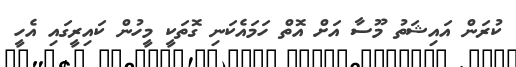
ކުރަން އައިޝަތު މޫސާ އަށް އޮތް ހަމައެކަނި ގޮތަކީ މީހުން ކައިރީގައި އެހީ